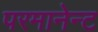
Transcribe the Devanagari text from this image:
परमानेन्ट